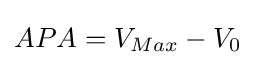
APA=V_{Max}-V_{0}